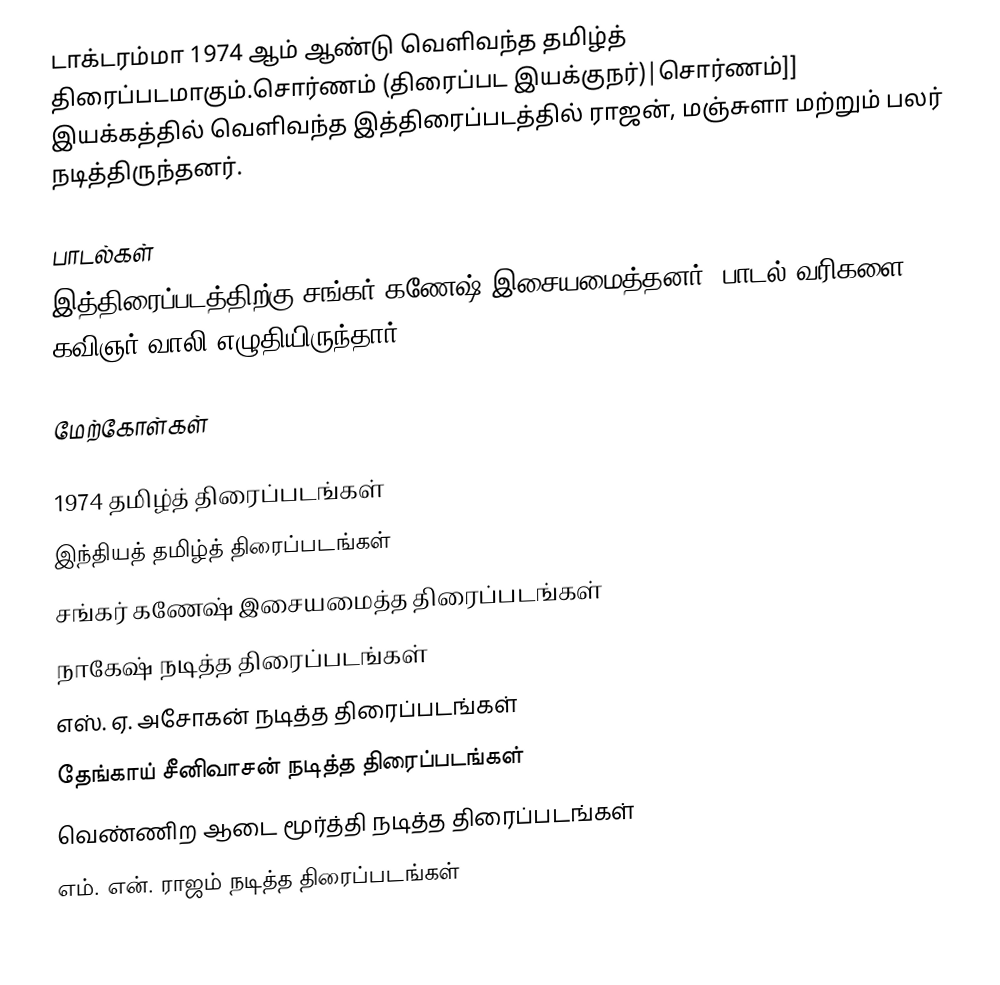
டாக்டரம்மா 1974 ஆம் ஆண்டு வெளிவந்த தமிழ்த் திரைப்படமாகும்.சொர்ணம் (திரைப்பட இயக்குநர்)|சொர்ணம்]] இயக்கத்தில் வெளிவந்த இத்திரைப்படத்தில் ராஜன், மஞ்சுளா மற்றும் பலர் நடித்திருந்தனர்.

பாடல்கள்
இத்திரைப்படத்திற்கு சங்கர் கணேஷ் இசையமைத்தனர். பாடல் வரிகளை கவிஞர் வாலி எழுதியிருந்தார்.

மேற்கோள்கள்

1974 தமிழ்த் திரைப்படங்கள்
இந்தியத் தமிழ்த் திரைப்படங்கள்
சங்கர் கணேஷ் இசையமைத்த திரைப்படங்கள்
நாகேஷ் நடித்த திரைப்படங்கள்
எஸ். ஏ. அசோகன் நடித்த திரைப்படங்கள்
தேங்காய் சீனிவாசன் நடித்த திரைப்படங்கள்
வெண்ணிற ஆடை மூர்த்தி நடித்த திரைப்படங்கள்
எம். என். ராஜம் நடித்த திரைப்படங்கள்